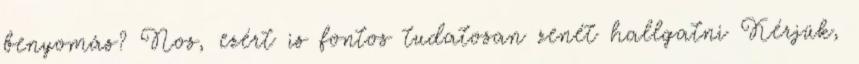
benyomás? Nos, ezért is fontos tudatosan zenét hallgatni Kérjük,